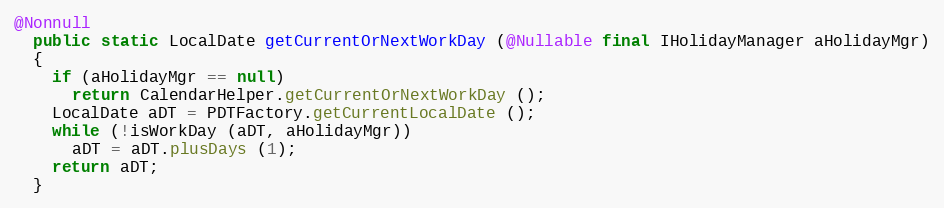
Language: Java
@Nonnull
  public static LocalDate getCurrentOrNextWorkDay (@Nullable final IHolidayManager aHolidayMgr)
  {
    if (aHolidayMgr == null)
      return CalendarHelper.getCurrentOrNextWorkDay ();
    LocalDate aDT = PDTFactory.getCurrentLocalDate ();
    while (!isWorkDay (aDT, aHolidayMgr))
      aDT = aDT.plusDays (1);
    return aDT;
  }